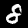
Digit: 8